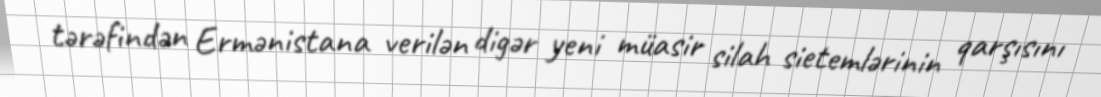
tərəfindən Ermənistana verilən digər yeni müasir silah sietemlərinin qarşısını